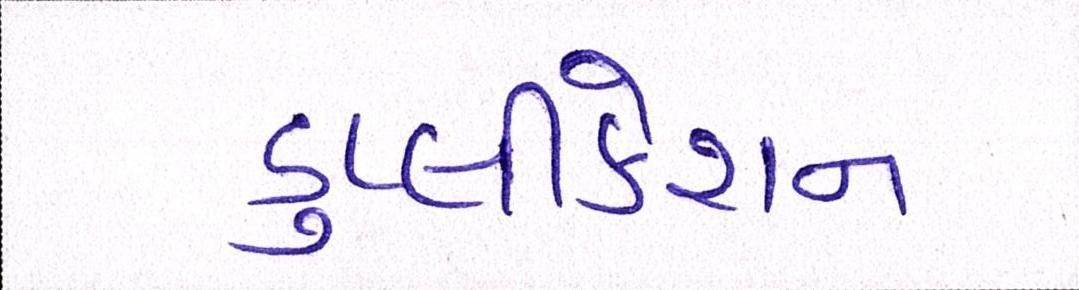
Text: ડુપ્લીકેશન